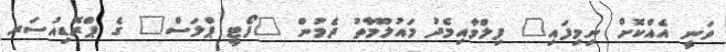
ވަނީ އެއްކޮށް ނިމިފައި" ފިލްމާއިމެދު މައުލޫމާތު ދެމުން "ފޯޓީ ޕްލަސް" ގެ ޕްރޮޑިއުސަރ